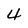
Character: 4